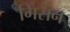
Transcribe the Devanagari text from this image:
गिसन